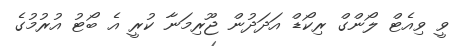
ވީ ވިއެޓް ލޯންގް ރިކޯޑް އަދަދުން ޖޫރިމަނާ ކުރީ އެ ބޯޓު އުރުމުގެ